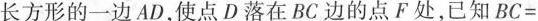
长方形的一边AD，使点D落在BC边的点F处，已知BC=